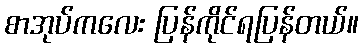
စာအုပ်ကလေး ပြန်ကိုင်ရပြန်တယ်။